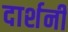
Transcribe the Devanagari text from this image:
दार्शनी